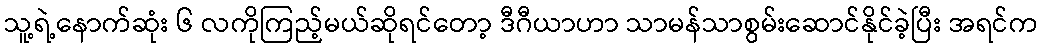
သူ့ရဲ့နောက်ဆုံး ၆ လကိုကြည့်မယ်ဆိုရင်တော့ ဒီဂီယာဟာ သာမန်သာစွမ်းဆောင်နိုင်ခဲ့ပြီး အရင်က